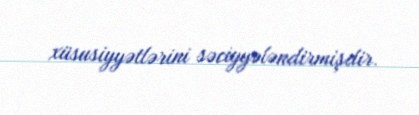
xüsusiyyətlərini səciyyələndirmişdir.